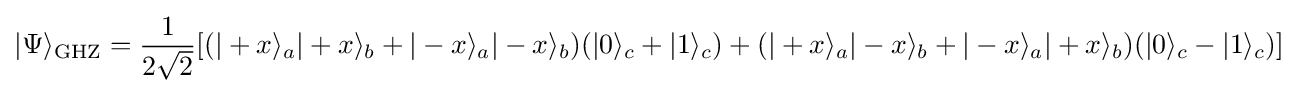
|\mathrm {\Psi } \rangle _{\rm {GHZ}}={\frac {1}{2{\sqrt {2}}}}[({|+x\rangle _{a}|+x\rangle _{b}+|-x\rangle _{a}|-x\rangle _{b}})(|0\rangle _{c}+|1\rangle _{c})+({|+x\rangle _{a}|-x\rangle _{b}+|-x\rangle _{a}|+x\rangle _{b}})(|0\rangle _{c}-|1\rangle _{c})]